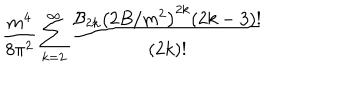
{ \frac { m ^ { 4 } } { 8 \pi ^ { 2 } } } \sum _ { k = 2 } ^ { \infty } { \frac { { \cal B } _ { 2 k } \left( 2 B / m ^ { 2 } \right) ^ { 2 k } ( 2 k - 3 ) ! } { ( 2 k ) ! } }